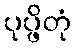
ပုပ္ဖိတုံ